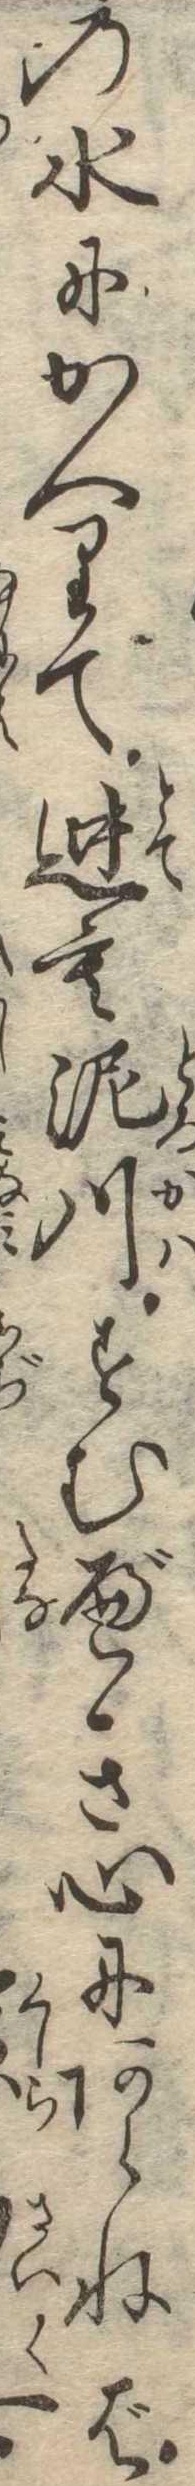
の水にかへりて迚も泥川すむべき心にあらねば